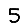
Digit: 5